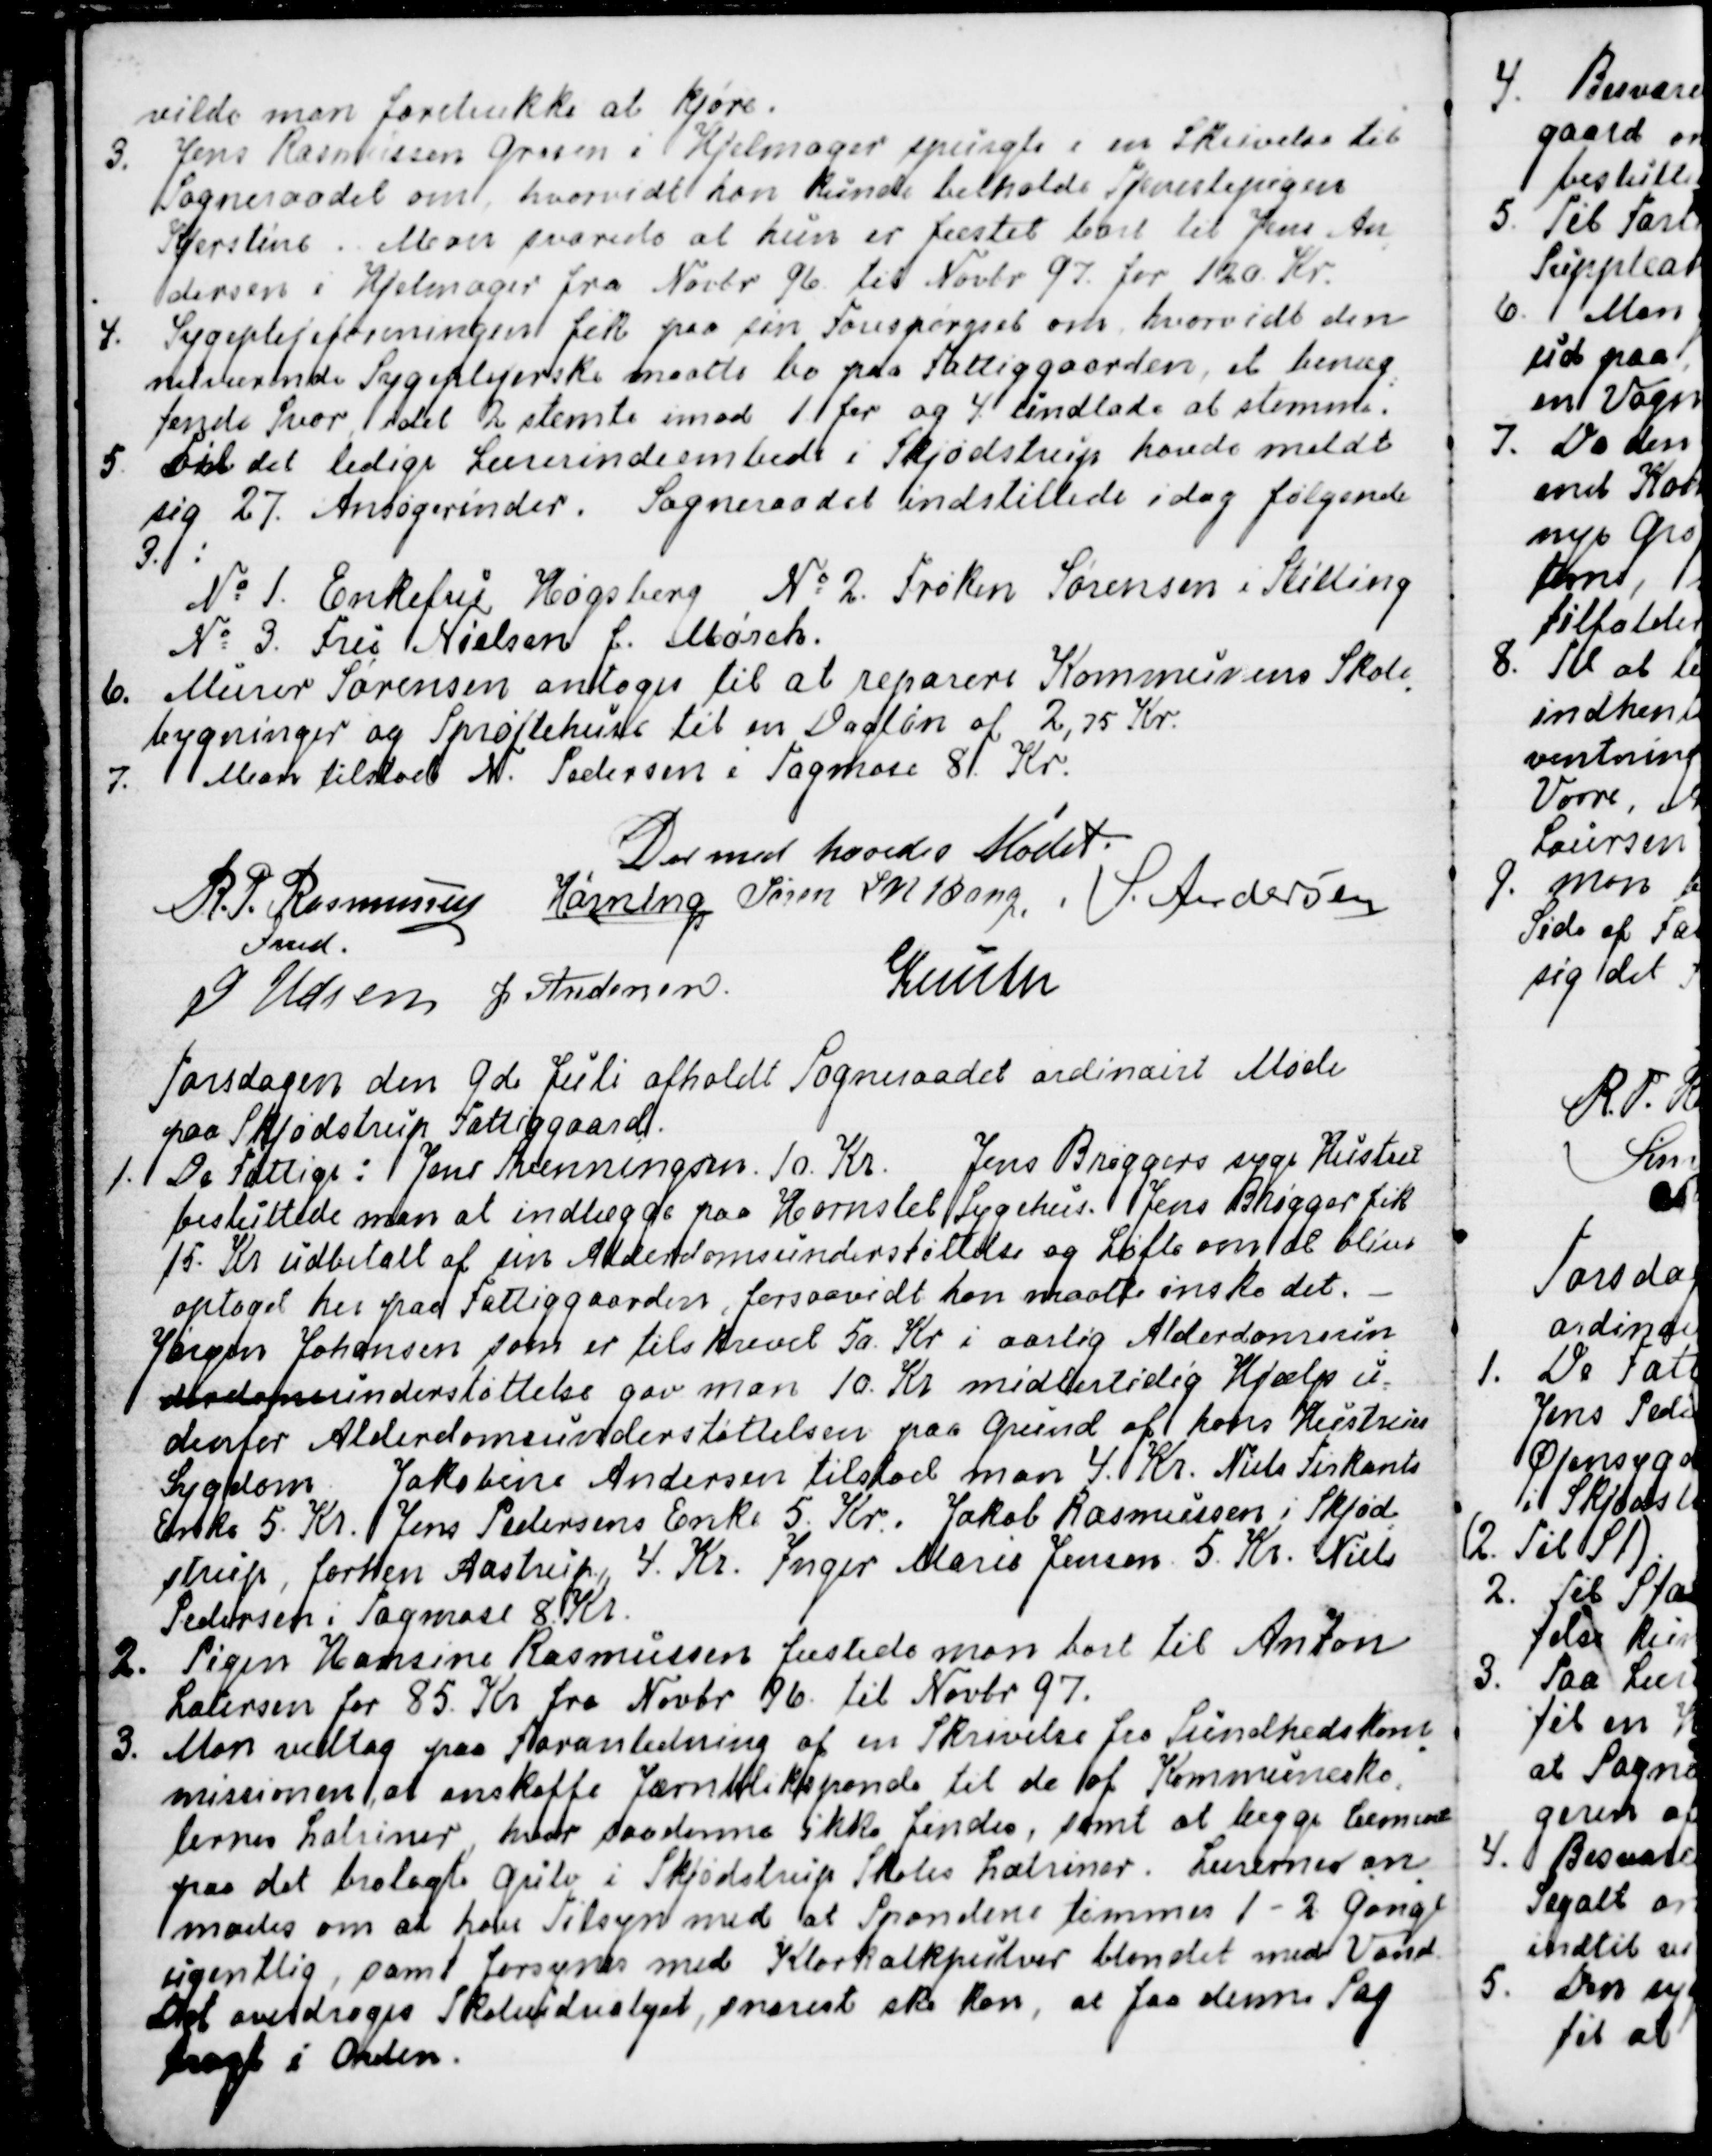
Transskription:
vilde man foretrække at kjøre.
3. Jens Rasmussen Grosen i Hjelmager spurgte i en Skrivelse til
Sogneraadet om hvorvidt han kunde beholde Tjenestepigen
Kjerstine. Man svarede at hun er fæstet bort til Jens An
-
dersen i Hjelmager fra Novbr 96 til Novbr 97 for 120 Kr.
4. Sygeplejeforeningen fik paa sin Forespørgsel om hvorvidt den
nuværende Sygeplejerske maatte bo paa Fattiggaarden, et benæg
-
tende Svar, idet 2 stemte mod 1 for og 4 undlod at stemme.
5. Til det ledige Lærerindeembede i Skjødstrup havde meldt
sig 27. Ansøgerinder. Sogneraadet indstillede idag følgende
3.:
№1. Enkefru Høgsberg  № 2. Frøken Sørensen i Stilling
№ 3. Fru Nielsen f. Mørch.
6. Murer Sørensen antoges til at reparere Kommunens Skole
-
bygninger og Sprøjtehuse til en Dagløn af 2,75 Kr.
7. Man tilstod N. Pedersen i Tagmose 8. Kr.
Dermed hævedes Mødet.
R. P. Rasmussen
Fmd.
Hørning
Søren L N Bang.
S. Andersen
J Udsen
J Andersen
Knuth

Torsdagen den 9de Juli afholdt Sogneraadet ordinairt Møde
paa Skjødstrup Fattiggaard.
1. De Fattige:  Jens Svenningsen. 10. Kr. Jens Brøggers syge Hustru
besluttede man at indlægge paa Hornslet Sygehus. Jens Brøgger fik
15. Kr udbetalt af sin Alderdomsunderstøttelse og Løfte om at blive
optaget her paa Fattiggaarden, forsaavidt han maatte ønske det.
Jørgen Johansen som er tilskrevet 50. Kr i aarlig Alderdomsun
-
Alderdomsunderstøttelse gav man 10. Kr midlertidig Hjælp u=
denfor Alderdomsunderstøttelsen paa Grund af hans Hustrus
Sygdom. Jakobine Andersen tilstod man 4. Kr. Niels Firkants
Enke 5. Kr. Jens Pedersens Enke 5. Kr. Jakob Rasmussen i Skjød
-
strup, forhen Aastrup, 4. Kr. Inger Marie Jensen 5. Kr. Niels
Pedersen i Tagmose 8. Kr.
2. Pigen Hansine Rasmussen fæstede man bort til Anton
Petersen for. 85 Kr fra Novbr 96. til Novbr 97.
3. Man vedtog paa Foranledning af en Skrivelse fra Sundhedskom
-
missionen, at anskaffe Jærnblikspande til de af Kommunesko
-
lernes Latriner, hvor saadanne ikke findes, samt at lægge Cement
paa det brolagte Gulv i Skjødstrup Skoles Latriner. Lærerne an
-
modes om at have Tilsyn med at Spandene tømmes 1 - 2 Gange
ugentlig, samt forsynes med Klorkalkpulver blandet med Vand.
Det overdrages Skoleudvalget, snarest ske kan, at faa denne Sag
bragt i Orden.